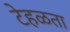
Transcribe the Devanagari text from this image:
टेहळता